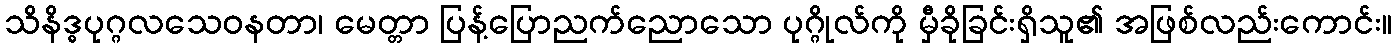
သိနိဒ္ဓပုဂ္ဂလသေဝနတာ၊ မေတ္တာ ပြန့်ပြောညက်ညောသော ပုဂ္ဂိုလ်ကို မှီခိုခြင်းရှိသူ၏ အဖြစ်လည်းကောင်း။